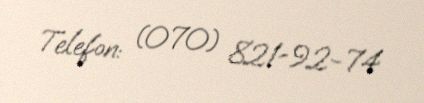
Telefon: (070) 821-92-74